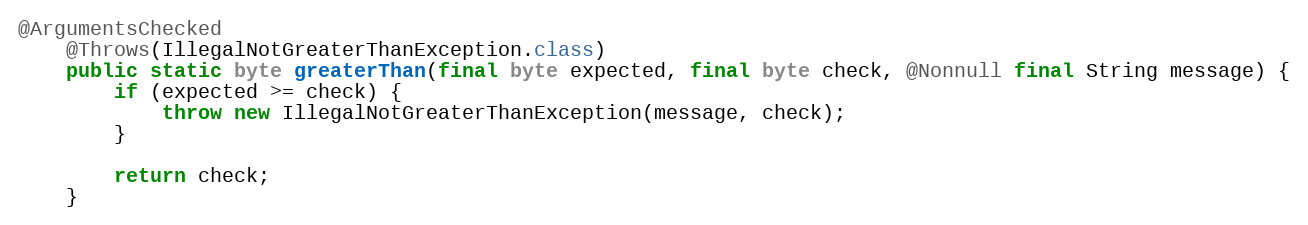
Language: Java
@ArgumentsChecked
	@Throws(IllegalNotGreaterThanException.class)
	public static byte greaterThan(final byte expected, final byte check, @Nonnull final String message) {
		if (expected >= check) {
			throw new IllegalNotGreaterThanException(message, check);
		}

		return check;
	}